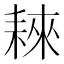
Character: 𦓹